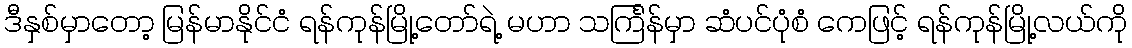
ဒီနှစ်မှာတော့ မြန်မာနိုင်ငံ ရန်ကုန်မြို့တော်ရဲ့ မဟာ သင်္ကြန်မှာ ဆံပင်ပုံစံ ကေဖြင့် ရန်ကုန်မြို့လယ်ကို